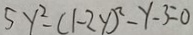
5 y ^ { 2 } - ( 1 - 2 y ) ^ { 2 } - y - 3 = 0